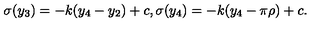
\sigma ( y _ { 3 } ) = - k ( y _ { 4 } - y _ { 2 } ) + c , \sigma ( y _ { 4 } ) = - k ( y _ { 4 } - \pi \rho ) + c . \,